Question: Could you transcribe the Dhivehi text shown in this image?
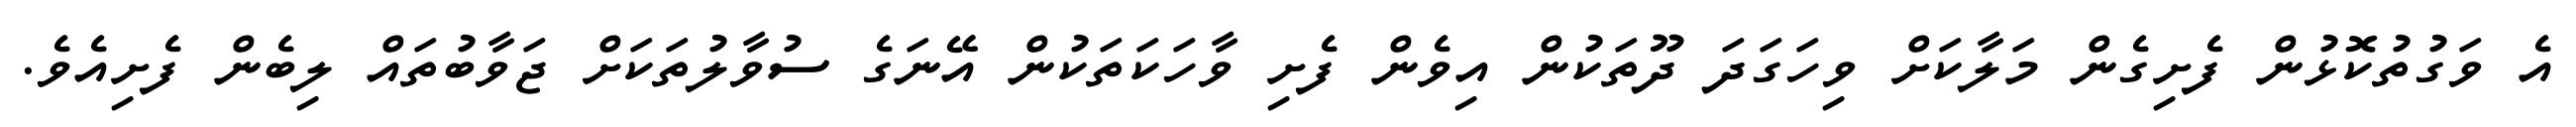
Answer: އެ ވަގުތުކޮޅުން ފެށިގެން މަލާކަށް ވިހަގަދަ ދޫތަކުން އިވެން ފެށި ވާހަކަތަކުން އޭނަގެ ސުވާލުތަކަށް ޖަވާބުތައް ލިބެން ފެށިއެވެ.